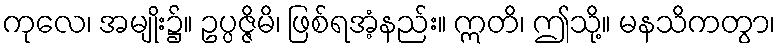
ကုလေ၊ အမျိုး၌။ ဥပ္ပဇ္ဇိမိ၊ ဖြစ်ရအံ့နည်း။ ဣတိ၊ ဤသို့။ မနသိကတွာ၊